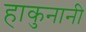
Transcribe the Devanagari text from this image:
हाकुनानी